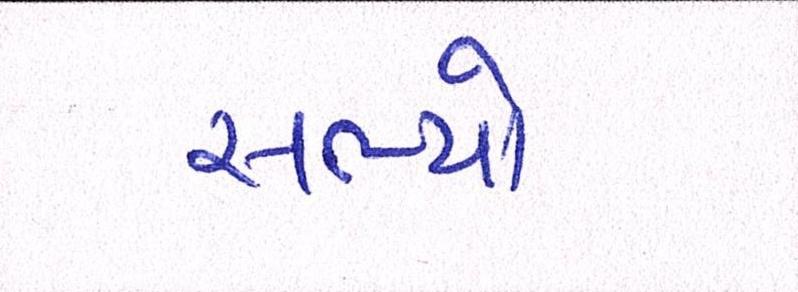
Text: સભ્યો